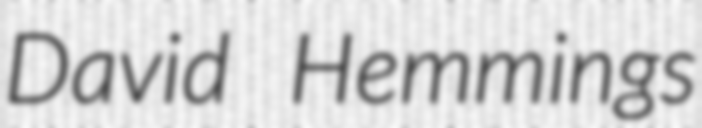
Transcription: David Hemmings